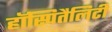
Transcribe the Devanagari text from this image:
हॉस्पितैलिटी